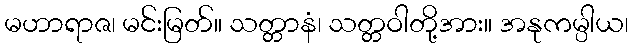
မဟာရာဇ၊ မင်းမြတ်။ သတ္တာနံ၊ သတ္တဝါတို့အား။ အနုကမ္ပါယ၊